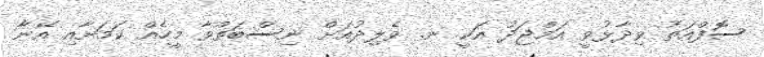
ސޮފްއަތު ވިދާޅުވީ އަމްޖަދު އަކީ ނ. ވެލިދުއަށް ނިސްބަތްވާ މީހެއް ކަމަށާއި އޭނާ